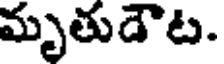
మృతుడౌట.